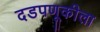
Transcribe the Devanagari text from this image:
दडपणूकीला